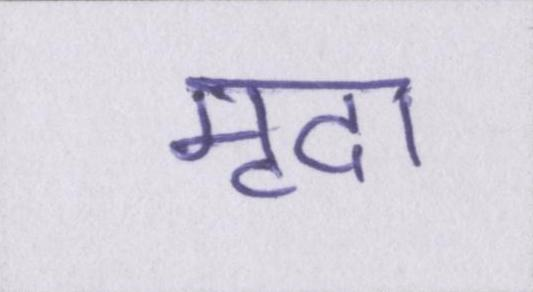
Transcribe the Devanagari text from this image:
मृदा